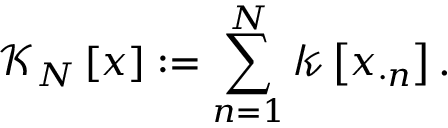
\mathcal { K } _ { N } \left[ x \right] : = \sum _ { n = 1 } ^ { N } \mathcal { k } \left[ x _ { \cdot n } \right] .